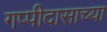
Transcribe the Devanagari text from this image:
गप्पीदासाच्या